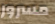
مسرور